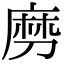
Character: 𠞧